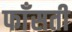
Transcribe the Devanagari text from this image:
फाँसती